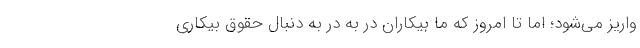
واریز می‌شود؛ اما تا امروز که ما بیکاران در به در به دنبال حقوق بیکاری